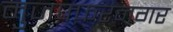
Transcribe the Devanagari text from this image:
मुजफ़्फ़रनगर